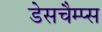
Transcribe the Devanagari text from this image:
डेसचैम्प्स